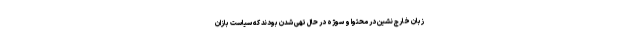
زبانِ خارج نشین در محتوا و سوژه در حال تهی شدن بودند که سیاست بازان